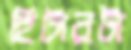
হিটারটা